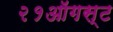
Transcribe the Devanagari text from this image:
२१ऑगस्ट